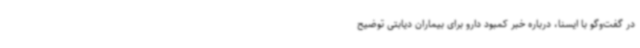
در گفت‌وگو با ایسنا، درباره خبر کمبود دارو برای بیماران دیابتی توضیح